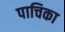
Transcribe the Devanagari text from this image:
पाचिका